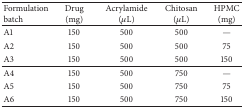
<table><thead><tr><td><b>Formulation batch</b></td><td><b>Drug (mg)</b></td><td><b>Acrylamide (<i>μ</i>L)</b></td><td><b>Chitosan (<i>μ</i>L)</b></td><td><b>HPMC (mg)</b></td></tr></thead><tbody><tr><td>A1</td><td>150 </td><td>500 </td><td>500 </td><td>—</td></tr><tr><td>A2</td><td>150 </td><td>500 </td><td>500 </td><td>75 </td></tr><tr><td>A3</td><td>150 </td><td>500 </td><td>500 </td><td>150</td></tr><tr><td>A4</td><td>150 </td><td>500 </td><td>750</td><td>—</td></tr><tr><td>A5</td><td>150 </td><td>500 </td><td>750</td><td>75 </td></tr><tr><td>A6</td><td>150 </td><td>500 </td><td>750</td><td>150</td></tr></tbody></table>